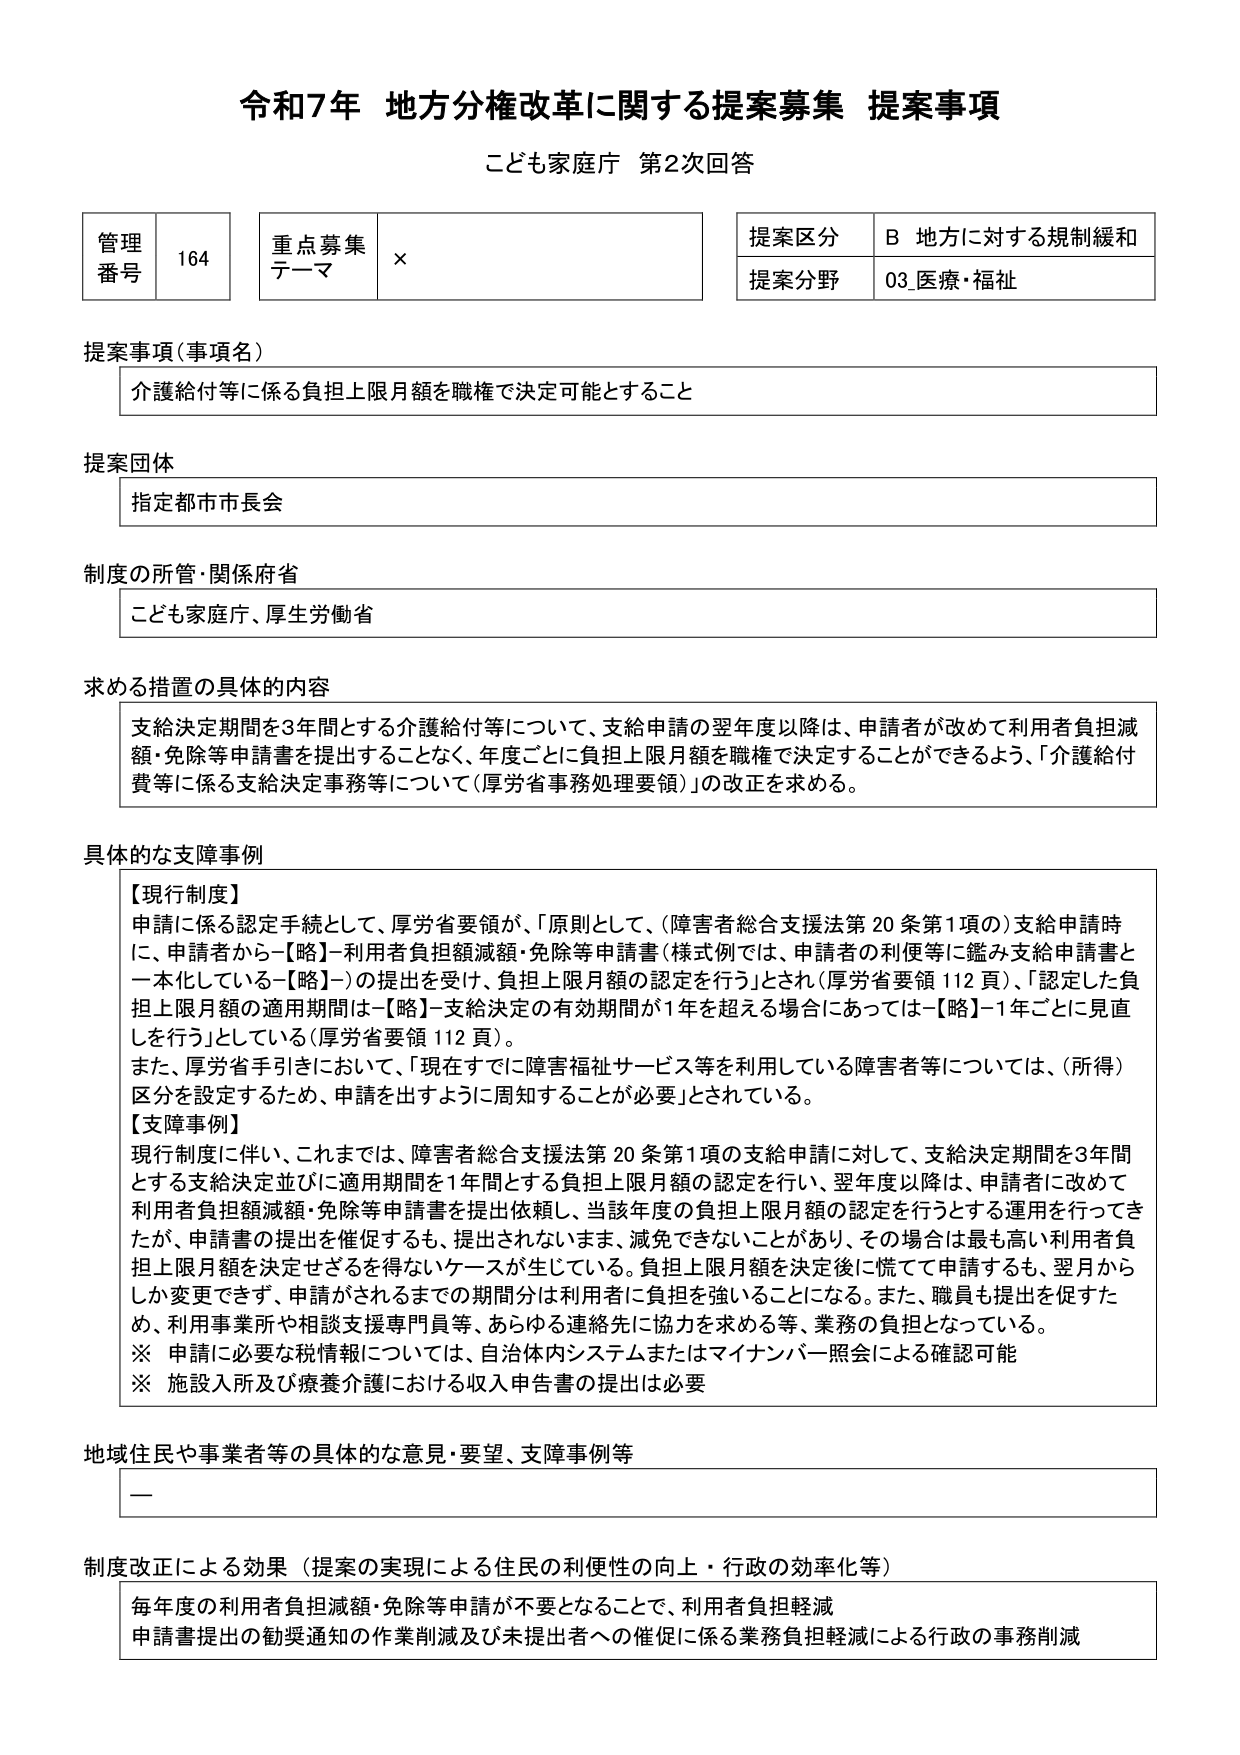
令和7年 地方分権改革に関する提案募集 提案事項
こども家庭庁 第2次回答

管理番号 164
重点募集テーマ ×
提案区分 B 地方に対する規制緩和
提案分野 03_医療・福祉

提案事項（事項名）
介護給付等に係る負担上限月額を職権で決定可能とすること

提案団体
指定都市市長会

制度の所管・関係府省
こども家庭庁、厚生労働省

求める措置の具体的内容
支給決定期間を3年間とする介護給付等について、支給申請の翌年度以降は、申請者が改めて利用者負担減額・免除等申請書を提出することなく、年度ごとに負担上限月額を職権で決定することができるよう、「介護給付費等に係る支給決定事務等について（厚労省事務処理要領）」の改正を求める。

具体的な支障事例
【現行制度】
申請に係る認定手続として、厚労省要領が、「原則として、（障害者総合支援法第20条第1項の）支給申請時に、申請者から－【略】－利用者負担額減額・免除等申請書（様式例では、申請者の利便等に鑑み支給申請書と一体化している－【略】－）の提出を受け、負担上限月額の認定を行う」とされ（厚労省要領112頁）、「認定した負担上限月額の適用期間は－【略】－支給決定の有効期間が1年を超える場合にあっては－【略】－1年ごとに見直しを行う」としている（厚労省要領112頁）。
また、厚労省手引きにおいて、「現在すでに障害福祉サービス等を利用している障害者等については、（所得）区分を設定するため、申請を出すように周知することが必要」とされている。
【支障事例】
現行制度に伴い、これまでは、障害者総合支援法第20条第1項の支給申請に対して、支給決定期間を3年間とする支給決定並びに適用期間を1年間とする負担上限月額の認定を行い、翌年度以降は、申請者に改めて利用者負担額減額・免除等申請書を提出依頼し、当該年度の負担上限月額の認定を行うとする運用を行ってきたが、申請書の提出を催促するも、提出されないまま、減免できないことがあり、その場合は最も高い利用者負担上限月額を決定せざるを得ないケースが生じている。負担上限月額を決定後に慌てて申請するも、翌月からしか変更できず、申請がされるまでの期間分は利用者に負担を強いることになる。また、職員も提出を促すため、利用事業所や相談支援専門員等、あらゆる連絡先に協力を求める等、業務の負担となっている。
※ 申請に必要な税情報については、自治体内システムまたはマイナンバー照会による確認可能
※ 施設入所及び療養介護における収入申告書の提出は必要

地域住民や事業者等の具体的な意見・要望、支障事例等
ー

制度改正による効果（提案の実現による住民の利便性の向上・行政の効率化等）
毎年度の利用者負担減額・免除等申請が不要となることで、利用者負担軽減
申請書提出の勧奨通知の作業削減及び未提出者への催促に係る業務負担軽減による行政の事務削減